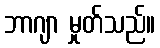
ဘာဂျာ မှုတ်သည်။